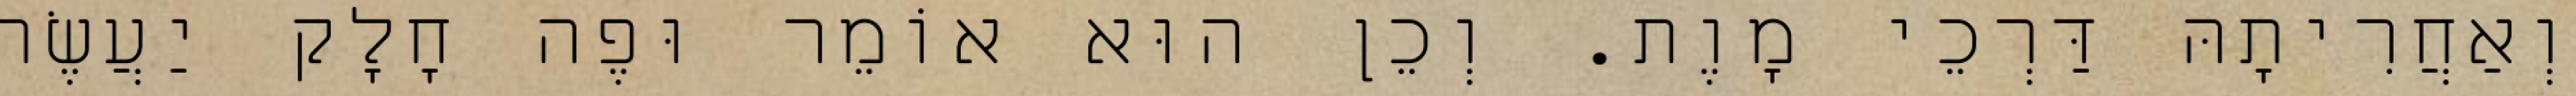
וְאַחֲרִיתָהּ דַּרְכֵי מָוֶת. וְכֵן הוּא אוֹמֵר וּפֶה חָלָק יַעֲשֶׂה